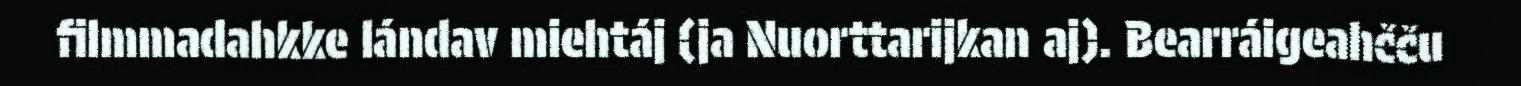
filmmadahkke lándav miehtáj (ja Nuorttarijkan aj). Bearráigeahčču